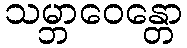
သမ္ဘာဝေန္တော